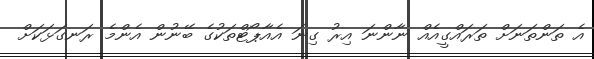
އެ ތަންތަނަށް ތަރައްގީއެއް ނާންނަ އިރު ގިނަ އެއާޕޯޓްތަކުގެ ބޭނުން އެންމެ ރަނގަޅަކަށް